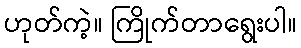
ဟုတ်ကဲ့။ ကြိုက်တာရွေးပါ။